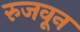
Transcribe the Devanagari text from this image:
रुजवून